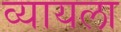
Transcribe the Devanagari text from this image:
व्यायला